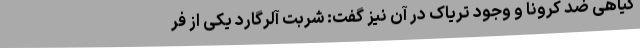
گیاهی ضد کرونا و وجود تریاک در آن نیز گفت: شربت آلرگارد یکی از فر